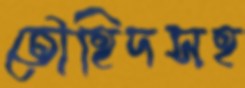
তৌহিদসহ